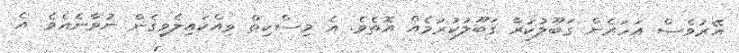
އޭރުވެސް އަހަރެން ގަބޫލުކުރާ ގަބޫލުކުރުމެއް އޮތެވެ. އެ މިސްކިތް ވިއްކައިލެވިގެން ނުވާނެއެވެ. އެ